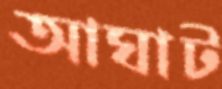
আঘাট